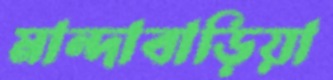
মান্দাবাড়িয়া